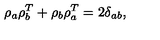
\rho _ { a } \rho _ { b } ^ { T } + \rho _ { b } \rho _ { a } ^ { T } = 2 \delta _ { a b } ,